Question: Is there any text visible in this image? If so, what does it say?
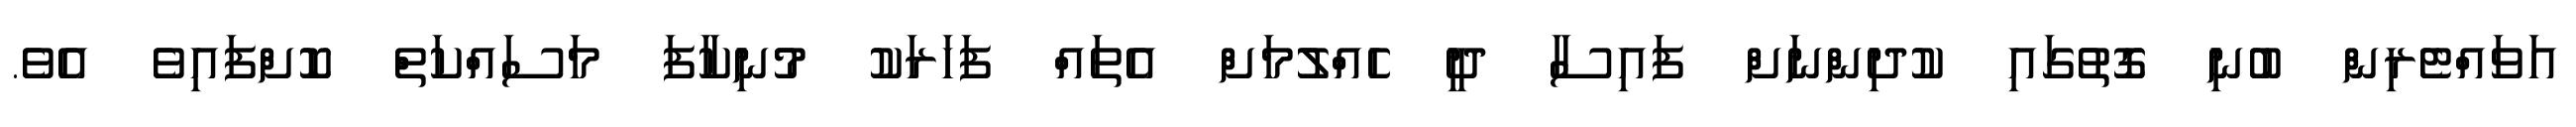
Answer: އަވައްޓެރިން ބުނި ގޮތުގައި ކުދިންނަށް ފައިސާ ދީ ހެއްލުމަށް އެތައް ފަހަރަކު މުނިކާފަ މަސައްކަތް ކޮށްފައިވެ އެވެ.